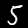
Label: 5